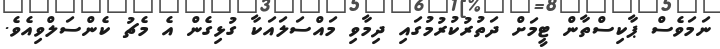
ނަމަވެސް ޕާކިސްތާން ޓީމަށް ދަތުރުކުރުމުގައި ދިމާވި މައްސަލައަކާ ގުޅިގެން އެ މެޗު ކެންސަލްވިއެވެ.